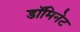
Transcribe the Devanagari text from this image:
डॉमिनेट